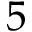
5